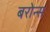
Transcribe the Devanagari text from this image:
बरोन्स